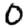
Digit: 0